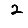
Digit: 2